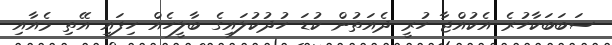
ސަބަބަކާހުރެ އެކުއްޖާ ހުރީ ދެއަތުން ކުޑަ ހުދުކުލައިގެ ބާލީހެއް ހިފައި އޭތި މެއާއި